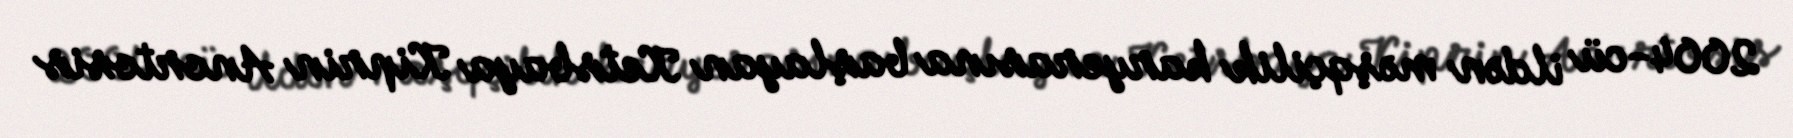
2004-cü ildən məşqçilik karyerasına başlayan Ketsbaya Kiprin Anortosis